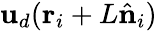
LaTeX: {\mathbf{u}}_{d}(\mathbf{r}_{i}+L\hat{\mathbf n}_{i})